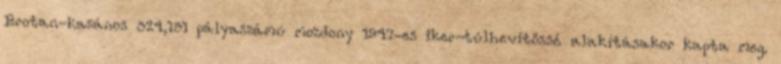
Brotan-kazános 324,151 pályaszámú mozdony 1947-es iker-túlhevítőssé alakításakor kapta meg.